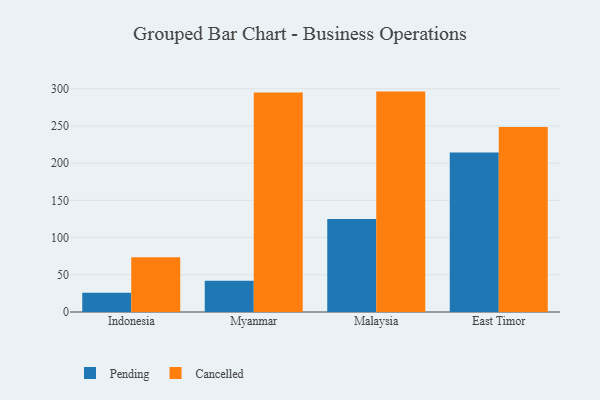
{"axis": {"x": "Country", "y": "Production Output"}, "legend": ["Cancelled", "Pending"], "data": [{"x": "Indonesia", "y": 25.9, "type": "Pending"}, {"x": "Indonesia", "y": 73.7, "type": "Cancelled"}, {"x": "Myanmar", "y": 42.0, "type": "Pending"}, {"x": "Myanmar", "y": 294.9, "type": "Cancelled"}, {"x": "Malaysia", "y": 125.0, "type": "Pending"}, {"x": "Malaysia", "y": 296.2, "type": "Cancelled"}, {"x": "East Timor", "y": 214.3, "type": "Pending"}, {"x": "East Timor", "y": 248.5, "type": "Cancelled"}]}